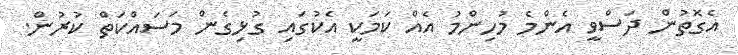
އެގޮތުން ދަސްވީ އެންމެ މުހިންމު އެއް ކަމަކީ އެކުގައި ގުޅިގެން މަސައްކަތް ކުރުން.